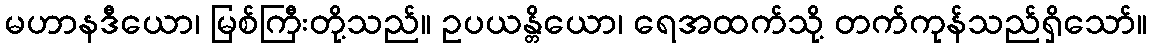
မဟာနဒီယော၊ မြစ်ကြီးတို့သည်။ ဥပယန္တိယော၊ ရေအထက်သို့ တက်ကုန်သည်ရှိသော်။